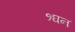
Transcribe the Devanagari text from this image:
१घन